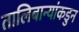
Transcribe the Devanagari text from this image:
तालिबान्यांकडुन